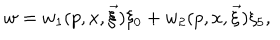
LaTeX: w = w _ { 1 } ( p , x , \vec { \xi } ) \xi _ { 0 } + w _ { 2 } ( p , x , \vec { \xi } ) \xi _ { 5 } ,